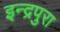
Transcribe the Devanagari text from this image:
इन्द्रपुरा